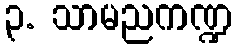
၃. သာမညကဏ္ဍ